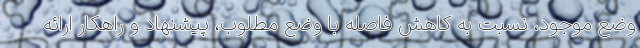
وضع موجود، نسبت به کاهش فاصله با وضع مطلوب، پیشنهاد و راهکار ارائه